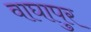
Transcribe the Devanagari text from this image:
वाघापुर